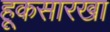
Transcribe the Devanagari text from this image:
हूकसारखा